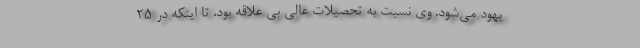
یهود می‌شود. وی نسبت به تحصیلات عالی بی علاقه بود، تا اینکه در ۲۵